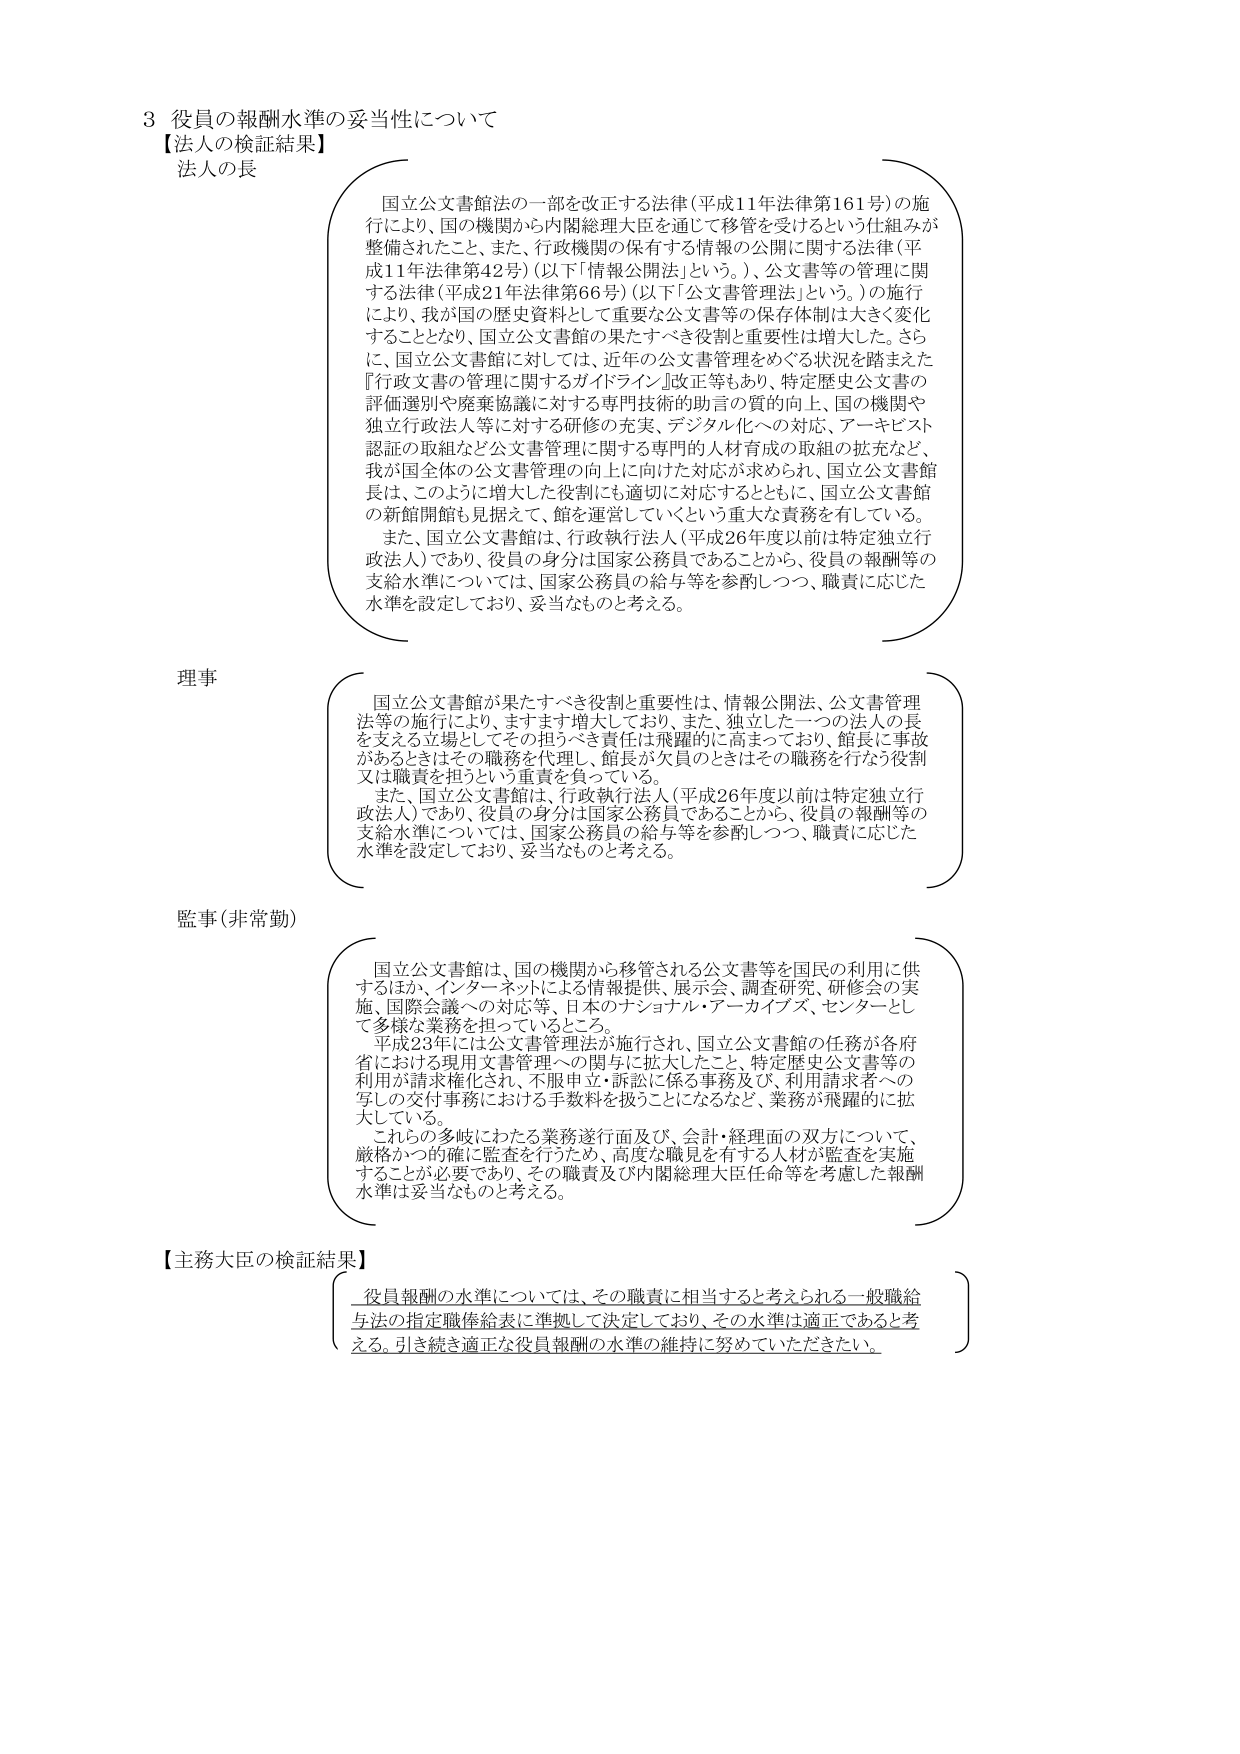
3 役員の報酬水準の妥当性について
【法人の検証結果】
法人の長
　国立公文書館法の一部を改正する法律（平成11年法律第161号）の施行により、国の機関から内閣総理大臣を通じて移管を受けるという仕組みが整備されたこと、また、行政機関の保有する情報の公開に関する法律（平成11年法律第42号）（以下「情報公開法」という。）、公文書等の管理に関する法律（平成21年法律第66号）（以下「公文書管理法」という。）の施行により、我が国の歴史資料として重要な公文書等の保存体制は大きく変化することとなり、国立公文書館の果たすべき役割と重要性は増大した。さらに、国立公文書館に対しては、近年の公文書管理をめぐる状況を踏まえた『行政文書の管理に関するガイドライン』改正等もあり、特定歴史公文書の評価選別や廃棄協議に対する専門技術的助言の質的向上、国の機関や独立行政法人等に対する研修の充実、デジタル化への対応、アーキビスト認証の取組など公文書管理に関する専門的人材育成の取組の拡充など、我が国全体の公文書管理の向上に向けた対応が求められ、国立公文書館長は、このように増大した役割にも適切に対応するとともに、国立公文書館の新館開館も見据えて、館を運営していくという重大な責務を有している。
　また、国立公文書館は、行政執行法人（平成26年度以前は特定独立行政法人）であり、役員の身分は国家公務員であることから、役員の報酬等の支給水準については、国家公務員の給与等を参酌しつつ、職責に応じた水準を設定しており、妥当なものと考える。

理事
　国立公文書館が果たすべき役割と重要性は、情報公開法、公文書管理法等の施行により、ますます増大しており、また、独立した一つの法人の長を支える立場としてその担うべき責任は飛躍的に高まっており、館長に事故があるときはその職務を代理し、館長が欠員のときはその職務を行なう役割又は職責を担うという重責を負っている。
　また、国立公文書館は、行政執行法人（平成26年度以前は特定独立行政法人）であり、役員の身分は国家公務員であることから、役員の報酬等の支給水準については、国家公務員の給与等を参酌しつつ、職責に応じた水準を設定しており、妥当なものと考える。

監事（非常勤）
　国立公文書館は、国の機関から移管される公文書等を国民の利用に供するほか、インターネットによる情報提供、展示会、調査研究、研修会の実施、国際会議への対応等、日本のナショナル・アーカイブズ・センターとして多様な業務を担っているところ。
　平成23年には公文書管理法が施行され、国立公文書館の任務が各府省における現用文書管理への関与に拡大したこと、特定歴史公文書等の利用が請求権化され、不服申立・訴訟に係る事務及び、利用請求者への写しの交付事務における手数料を扱うことになるなど、業務が飛躍的に拡大している。
　これらの多岐にわたる業務遂行面及び、会計・経理面の双方について、厳格かつ的確に監査を行うため、高度な職見を有する人材が監査を実施することが必要であり、その職責及び内閣総理大臣任命等を考慮した報酬水準は妥当なものと考える。

【主務大臣の検証結果】
　役員報酬の水準については、その職責に相当すると考えられる一般職給与法の指定職俸給表に準拠して決定しており、その水準は適正であると考える。引き続き適正な役員報酬の水準の維持に努めていただきたい。